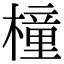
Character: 橦